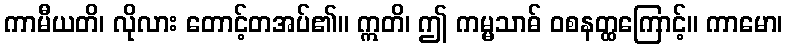
ကာမီယတိ၊ လိုလား တောင့်တအပ်၏။ ဣတိ၊ ဤ ကမ္မသာဓ် ဝစနတ္ထကြောင့်။ ကာမော၊